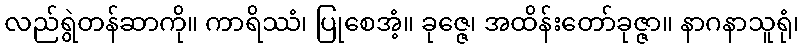
လည်ရွဲတန်ဆာကို။ ကာရိဿံ၊ ပြုစေအံ့။ ခုဇ္ဇေ၊ အထိန်းတော်ခုဇ္ဇာ။ နာဂနာသူရုံ၊